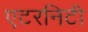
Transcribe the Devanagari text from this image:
एटरनिटी